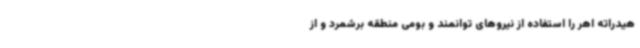
هیدراته اهر را استفاده از نیروهای توانمند و بومی منطقه برشمرد و از